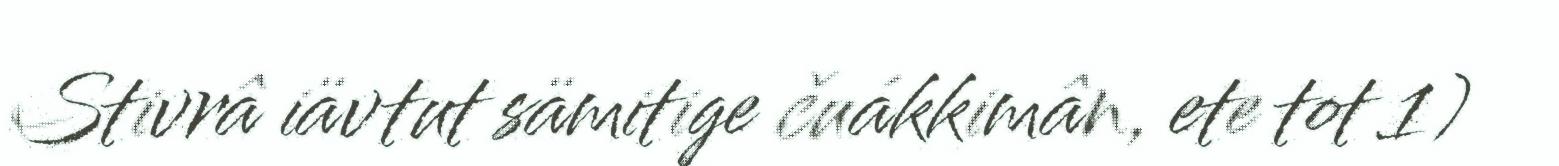
Stivrâ iävtut sämitige čuákkimân, ete tot 1)